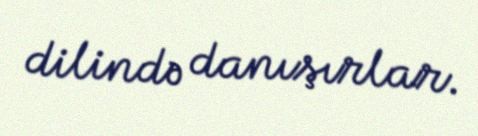
dilində danışırlar.